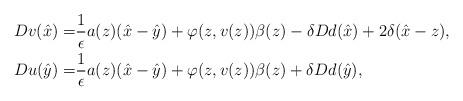
LaTeX: \begin{align*}Dv(\hat x) = & \frac{1}{\epsilon}a(z)(\hat x-\hat y) + \varphi(z,v(z))\beta(z) - \delta Dd(\hat x) + 2\delta (\hat x-z), \\Du(\hat y) = & \frac{1}{\epsilon}a(z)(\hat x-\hat y) + \varphi(z,v(z))\beta(z) + \delta Dd(\hat y), \end{align*}